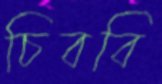
চিববি